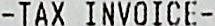
-TAX INVOICE-